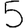
Digit: 5